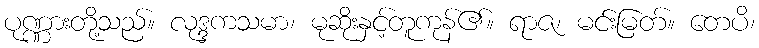
ပုဏ္ဏားတို့သည်။ လုဒ္ဒကသမာ၊ မုဆိုးနှင့်တူကုန်၏။ ရာဇ၊ မင်းမြတ်။ တေပိ၊